Lunatic asylums Bombay report 1891-1903 - 1891-1903
Year: 1891
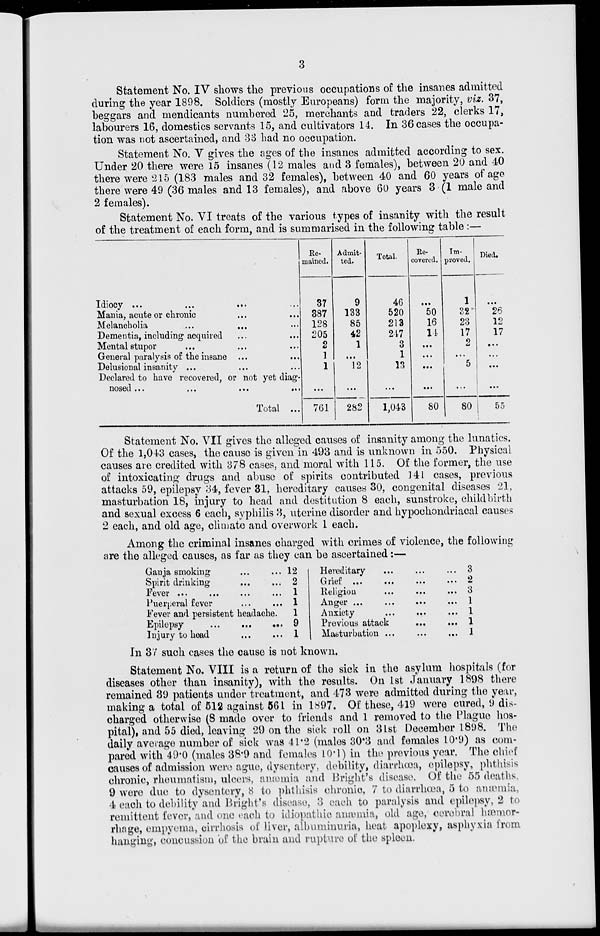
3
Statement No. IV shows the previous occupations of the insanes admitted
during the year 1898. Soldiers (mostly Europeans) form the majority, viz. 37,
beggars and mendicants numbered 25, merchants and traders 22, clerks 17,
labourers 16, domestics servants 15, and cultivators 14. In 36 cases the occupa-
tion was not ascertained, and 33 had no occupation.
Statement No. V gives the ages of the insanes admitted according to sex.
Under 20 there were 15 insanes (12 males and 3 females), between 20 and 40
there were 215 (183 males and 32 females), between 40 and 60 years of age
there were 49 (36 males and 13 females), and above 60 years 3 (1 male and
2 females).
Statement No, VI treats of the various types of insanity with the result
of the treatment of each form, and is summarised in the following table:—
Idiocy ... ... ... ...
Mania, acute or chronic ... ...
Melancholia ... ... ...
Dementia, including acquired ... ...
Mental stupor ... ... ...
General paralysis of the insane ... ...
Delusional insanity ... ... ...
Declared to have recovered, or not yet diag-
nosed... ... ... ...
Total ...
Re-
mained.
37
387
128
205
2
1
1
...
761
Admit-
ted.
9
133
85
42
1
...
12
...
282
Total.
46
520
243
247
3
1
13
...
1,043
Re-
covered.
...
50
16
14
...
...
...
...
80
Im-
proved.
1
32
23
17
2
...
5
...
80
Died.
...
26
12
17
...
...
...
...
55
Statement No. VII gives the alleged causes of insanity among the lunatics.
Of the 1,043 cases, the cause is given in 493 and is unknown in 550. Physical
causes are credited with 378 cases, and moral with 115. Of the former, the use
of intoxicating drugs and abuse of spirits contributed 141 cases, previous
attacks 59, epilepsy 34, fever 31, hereditary causes 30, congenital diseases 21,
masturbation 18, injury to head and destitution 8 each, sunstroke, childbirth
and sexual excess 6 each, syphilis 3, uterine disorder and hypochondriacal causes
2 each, and old age, climate and overwork 1 each.
Among the criminal insanes charged with crimes of violence, the following
are the alleged causes, as far as they can be ascertained:—
Ganja smoking ... ...
Spirit drinking ... ...
Fever ... ... ... ...
Puerperal fever ... ...
Fever and persistent headache.
Epilepsy
...
... ...
Injury to head ... ...
12
2
1
1
1
9
1
Hereditary ... ... ...
Grief ... ... ... ...
Religion ... ... ...
Anger ... ... ... ...
Anxiety ... ... ...
Previous attack
...
...
Masturbation ... ... ...
3
2
3
1
1
1
1
In 37 such cases the cause is not known.
Statement No. VIII is a return of the sick in the asylum hospitals (for
diseases other than insanity), with the results. On 1st January 1898 there
remained 39 patients under treatment, and 473 were admitted during the year,
making a total of 512 against 561 in 1897. Of these, 419 were cured, 9 dis-
charged otherwise (8 made over to friends and 1 removed to the Plague hos-
pital), and 55 died, leaving 29 on the sick roll on 31st December 1898. The
daily average number of sick was 41.2 (males 30.3 and females 10.9) as com-
pared with 49.0 (males 38.9 and females 10.1) in the previous year. The chief
causes of admission were ague, dysentery, debility, diarrhœa, epilepsy, phthisis
chronic, rheumatism, ulcers, aiæmia and Bright's disease. Of the 55 deaths,
9 were due to dysentery, 8 to phthisis chronic, 7 to diarrhœa, 5 to anæmia,
4 each to debility and Bright's disease, 3 each to paralysis and epilepsy, 2 to
remittent fever, and one each to idiopathic anæmia, old age, cerebral hæmor-
rhage, empyema, cirrhosis of liver, albuminuria, heat apoplexy, asphyxia from
hanging, concussion of the brain and rupture of the spleen.